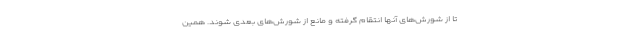
تا از شورش‌های آنها انتقام گرفته و مانع از شورش‌های بعدی شوند. همین